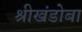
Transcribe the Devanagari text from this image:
श्रीखंडोबा